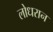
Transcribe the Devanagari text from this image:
लोधरान